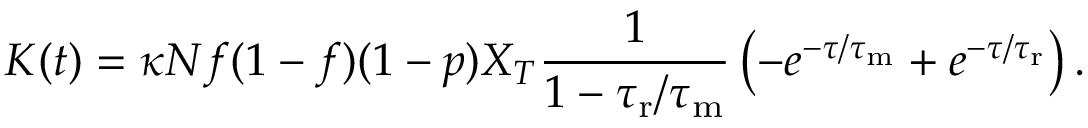
K ( t ) = \kappa N f ( 1 - f ) ( 1 - p ) X _ { T } \frac { 1 } { 1 - { \tau _ { \mathrm { r } } } / { \tau _ { \mathrm { m } } } } \left( - e ^ { - \tau / { \tau _ { \mathrm { m } } } } + e ^ { - \tau / { \tau _ { \mathrm { r } } } } \right) .